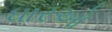
ધારઓ